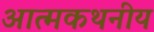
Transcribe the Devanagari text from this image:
आत्मकथनीय